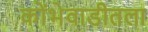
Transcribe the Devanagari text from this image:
कोंभेवाडीतला